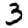
Digit: 3